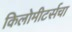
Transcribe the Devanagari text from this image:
किलोमीटर्सचा